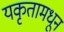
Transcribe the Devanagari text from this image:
यकृतामधून